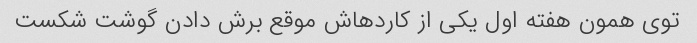
توی همون هفته اول یکی از کاردهاش موقع برش دادن گوشت شکست